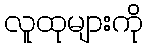
လူထုများကို